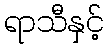
ရာသီနှင့်